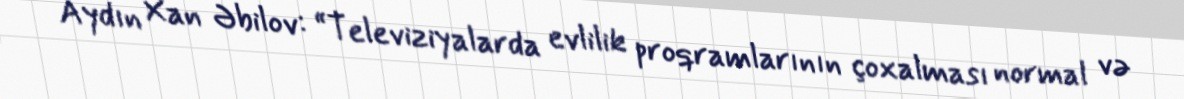
Aydın Xan Əbilov: “Televiziyalarda evlilik proqramlarının çoxalması normal və